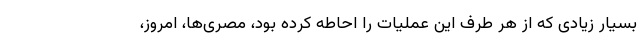
بسیار زیادی که از هر طرف این عملیات را احاطه کرده بود، مصری‌ها، امروز،